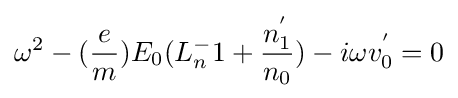
\omega ^{2}-({\frac {e}{m}})E_{0}(L_{n}^{-}1+{\frac {n_{1}^{'}}{n_{0}}})-i{\omega }v_{0}^{'}=0